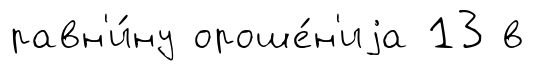
равн'и́ну ороше́н'иjа 13 в